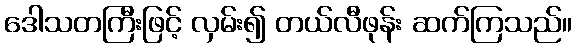
ဒေါသတကြီးဖြင့် လှမ်း၍ တယ်လီဖုန်း ဆက်ကြသည်။